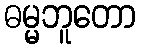
ဓမ္မဘူတော